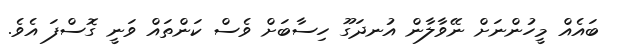
ބައެއް މީހުންނަށް ނޭވާލާން އުނދަގޫ ހިސާބަށް ވެސް ކަންތައް ވަނީ ގޮސްފަ އެވެ.